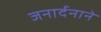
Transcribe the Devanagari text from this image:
जनार्दनाने